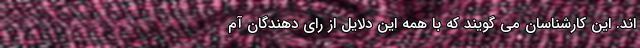
اند. این کارشناسان می گویند که با همه این دلایل از رای دهندگان آم